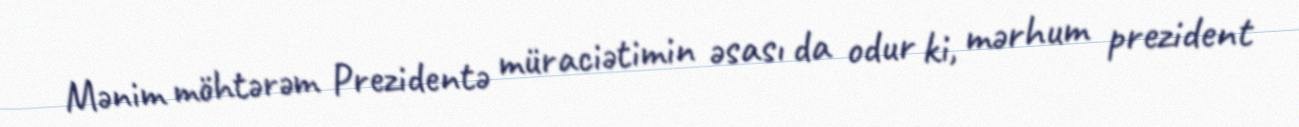
Mənim möhtərəm Prezidentə müraciətimin əsası da odur ki, mərhum prezident